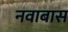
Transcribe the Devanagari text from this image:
नवाबास